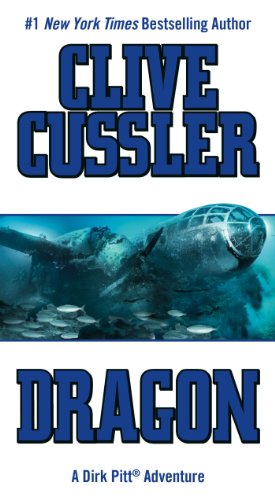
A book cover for Dragon (Dirk Pitt Adventure); Clive Cussler; Literature & Fiction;